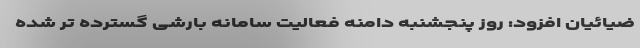
ضیائیان افزود: روز پنجشنبه دامنه فعالیت سامانه بارشی گسترده تر شده